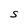
Character: S